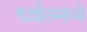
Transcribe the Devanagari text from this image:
फाईलमध्ये